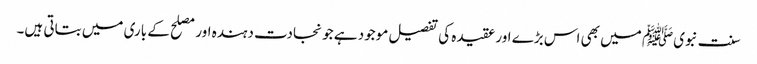
سنت نبویﷺ میں بھی اس بڑے اور عقیدہ کی تفصیل موجود ہے جو نجادت دہندہ اور مصلح کے باری میں بتاتی ہیں۔